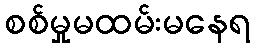
စစ်မှုမထမ်းမနေရ